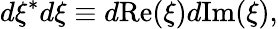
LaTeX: d\xi^{*}d\xi\equiv d\mathrm{Re}(\xi)d\mathrm{Im}(\xi),